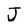
Character: J